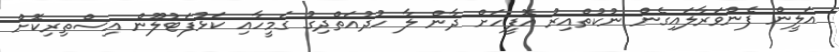
އަލީން ފެންވަރާލައިގެން ނުކުތްއިރު އޮފީހަށް ދާން ލާ ހުދުއަތްދިގު ގަމީހާއި ކަޅުފަޓުލޫން އިސްތިރިކޮށް